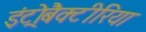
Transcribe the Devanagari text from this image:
इंट्रोबैक्टीरिया